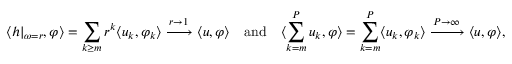
\langle h \vert _ { \omega = r } , \varphi \rangle = \sum _ { k \ge m } r ^ { k } \langle u _ { k } , \varphi _ { k } \rangle \xrightarrow { r \rightarrow 1 } \langle u , \varphi \rangle \quad \mathrm { a n d } \quad \langle \sum _ { k = m } ^ { P } u _ { k } , \varphi \rangle = \sum _ { k = m } ^ { P } \langle u _ { k } , \varphi _ { k } \rangle \xrightarrow { P \rightarrow \infty } \langle u , \varphi \rangle ,